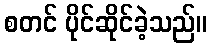
စတင် ပိုင်ဆိုင်ခဲ့သည်။